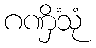
ဂဏှိံသုံ